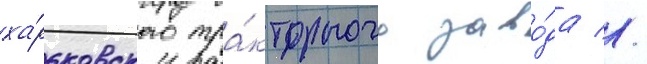
ха́рьковского тра́кторного заво́да //